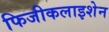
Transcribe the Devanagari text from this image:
फिजीकलाइशेन